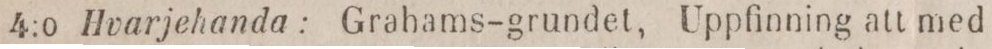
4:o Hvarjehanda: Grahams-grundet, Uppfinning att med